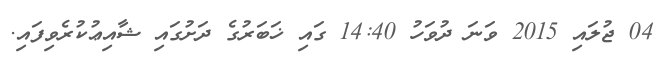
04 ޖުލައި 2015 ވަނަ ދުވަހު 14:40 ގައި ޚަބަރުގެ ދަށުގައި ޝާއިޢުކުރެވިފައި.